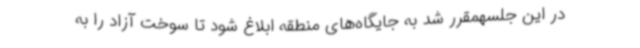
در این جلسهمقرر شد به جایگاه‌های منطقه ابلاغ شود تا سوخت آزاد را به